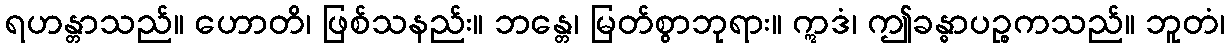
ရဟန္တာသည်။ ဟောတိ၊ ဖြစ်သနည်း။ ဘန္တေ၊ မြတ်စွာဘုရား။ ဣဒံ၊ ဤခန္ဓာပဉ္စကသည်။ ဘူတံ၊